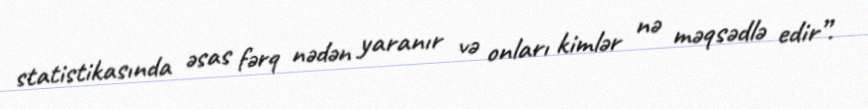
statistikasında əsas fərq nədən yaranır və onları kimlər nə məqsədlə edir”.